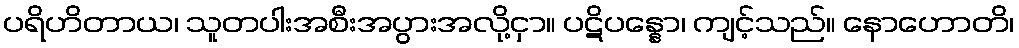
ပရိဟိတာယ၊ သူတပါးအစီးအပွားအလို့ငှာ။ ပဋိပန္နော၊ ကျင့်သည်။ နောဟောတိ၊